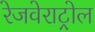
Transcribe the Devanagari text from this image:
रेजवेराट्रोल